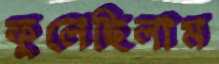
ফুলেছিলাম